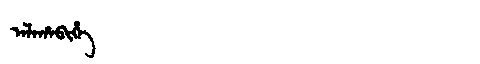
Manchu: ᠠᠯᠠᡥᠠᠪᡳᡥᡝ
Romanization: ALAHABIHE